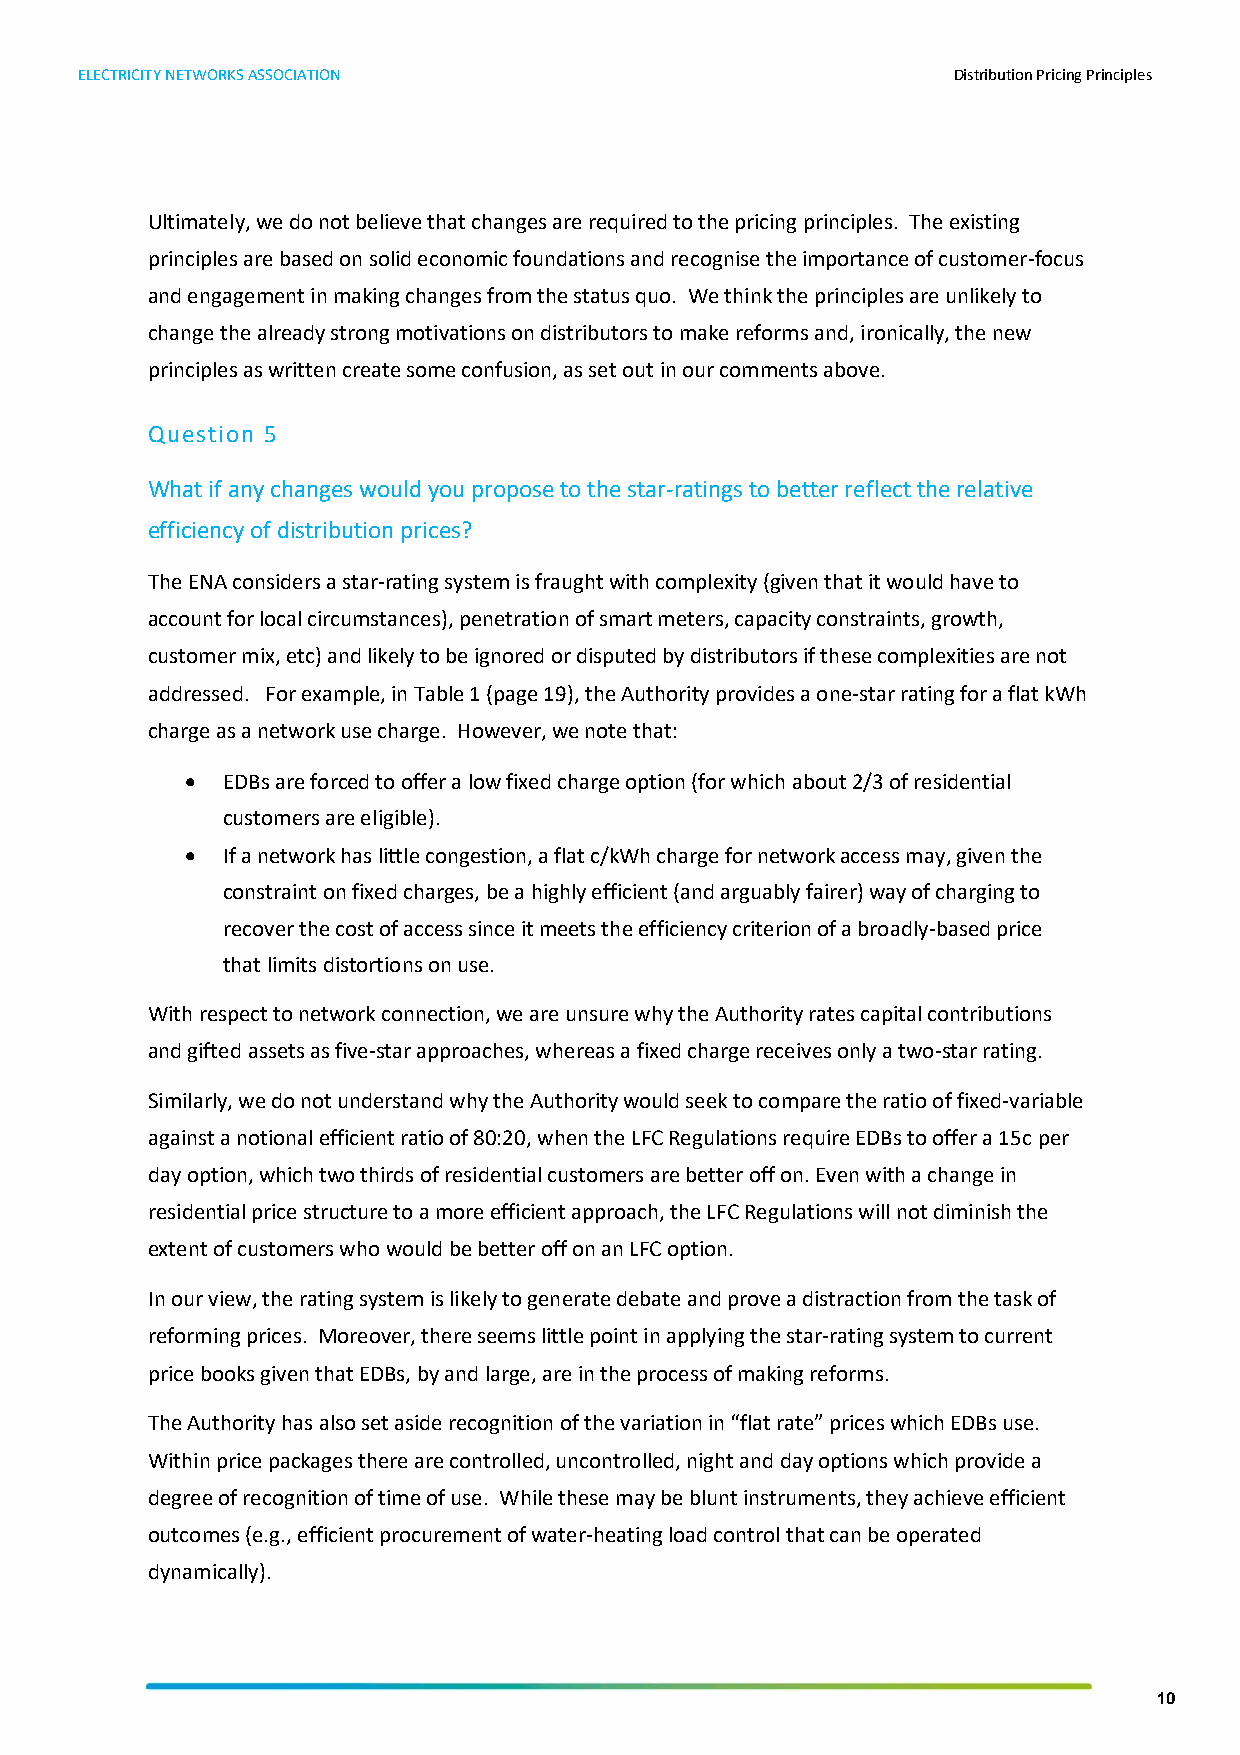
ELECTRICITY NETWORKS ASSOCIATION                          Distribution Pricing Principles
 Ultimately, we do not believe that changes are required to the pricing principles. The existing
 principles are based on solid economic foundations and recognise the importance of customer-focus
 and engagement in making changes from the status quo. We think the principles are unlikely to
 change the already strong motivations on distributors to make reforms and, ironically, the new
 principles as written create some confusion, as set out in our comments above.
 Question 5
 What if any changes would you propose to the star-ratings to better reflect the relative
 efficiency of distribution prices?
 The ENA considers a star-rating system is fraught with complexity (given that it would have to
 account for local circumstances), penetration of smart meters, capacity constraints, growth,
 customer mix, etc) and likely to be ignored or disputed by distributors if these complexities are not
 addressed. For example, in Table 1 (page 19), the Authority provides a one-star rating for a flat kWh
 charge as a network use charge. However, we note that:
 •  EDBs are forced to offer a low fixed charge option (for which about 2/3 of residential
 customers are eligible).
 •  If a network has little congestion, a flat c/kWh charge for network access may, given the
 constraint on fixed charges, be a highly efficient (and arguably fairer) way of charging to
 recover the cost of access since it meets the efficiency criterion of a broadly-based price
 that limits distortions on use.
 With respect to network connection, we are unsure why the Authority rates capital contributions
 and gifted assets as five-star approaches, whereas a fixed charge receives only a two-star rating.
 Similarly, we do not understand why the Authority would seek to compare the ratio of fixed-variable
 against a notional efficient ratio of 80:20, when the LFC Regulations require EDBs to offer a 15c per
 day option, which two thirds of residential customers are better off on. Even with a change in
 residential price structure to a more efficient approach, the LFC Regulations will not diminish the
 extent of customers who would be better off on an LFC option.
 In our view, the rating system is likely to generate debate and prove a distraction from the task of
 reforming prices. Moreover, there seems little point in applying the star-rating system to current
 price books given that EDBs, by and large, are in the process of making reforms.
 The Authority has also set aside recognition of the variation in “flat rate” prices which EDBs use.
 Within price packages there are controlled, uncontrolled, night and day options which provide a
 degree of recognition of time of use. While these may be blunt instruments, they achieve efficient
 outcomes (e.g., efficient procurement of water-heating load control that can be operated
 dynamically).
 10